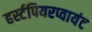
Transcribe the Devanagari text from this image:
हर्स्टपियरप्वायंट